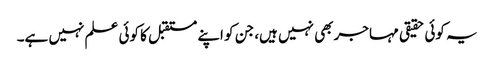
یہ کوئی حقیقی مہاجر بھی نہیں ہیں، جن کو اپنے مستقبل کا کوئی علم نہیں ہے۔